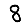
Digit: 8